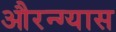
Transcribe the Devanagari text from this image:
औरन्ग्यास